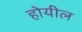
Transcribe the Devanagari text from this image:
होयील